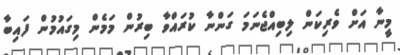
މީނާ އަށް ވެރިކަން ލިބިއްޖެނަމަ ގަންނާ ކުރައްވާ ބިރުން މަމެން މިގައުމުން ފައިބާ